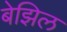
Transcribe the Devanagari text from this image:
बेझिल